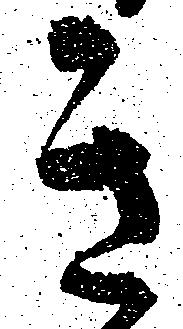
き